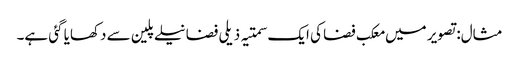
مثال: تصویر میں معکب فضا کی ایک سمتیہ ذیلی فضا نیلے پلین سے دکھایا گئی ہے۔